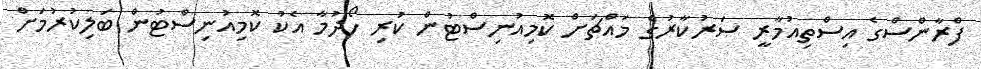
ފްރާންސްގެ އިސްތިއުމާރީ ސަރުކާރުުގެ މައްޗަށް ކޮމިއުނިސްޓުން ކުރި ހޯދުމާ އެކު ކޮމިއުނިސްޓުން ބަލިކުރުމަށް